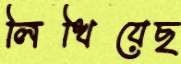
লিখিয়েছ